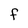
Character: F